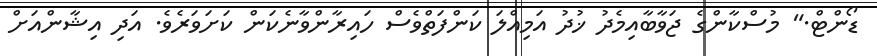
ޑޯންޓް." މުސްކާންގެ ޖަވާބާއިމެދު ޚުދު އަމިއްލަ ކަންފަތްވެސް ހައިރާންވާނެކަން ކަށަވަރެވެ. އަދި އިޝާންއަށް